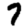
Digit: 7